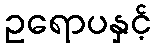
ဥရောပနှင့်